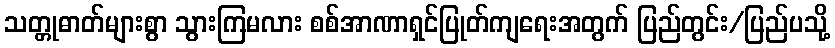
သတ္တုဓာတ်များစွာ သွားကြမလား စစ်အာဏာရှင်ပြုတ်ကျရေးအတွက် ပြည်တွင်း/ပြည်ပသို့